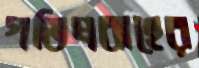
গতিপ্রবাহের